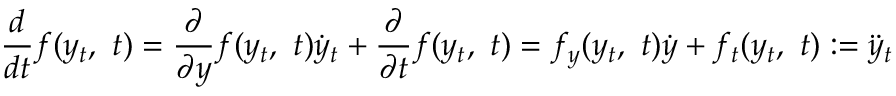
{ \frac { d } { d t } } f ( y _ { t } , \ t ) = { \frac { \partial } { \partial y } } f ( y _ { t } , \ t ) { \dot { y } } _ { t } + { \frac { \partial } { \partial t } } f ( y _ { t } , \ t ) = f _ { y } ( y _ { t } , \ t ) { \dot { y } } + f _ { t } ( y _ { t } , \ t ) : = { \ddot { y } } _ { t }